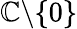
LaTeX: \mathbb{C}\backslash\{ 0\}